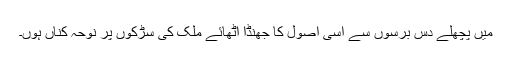
میں پچھلے دس برسوں سے اسی اصول کا جھنڈا اٹھائے ملک کی سڑکوں پر نوحہ کناں ہوں۔